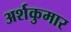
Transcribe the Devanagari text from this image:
अर्शकुमार